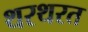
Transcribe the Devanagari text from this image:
थरथरत